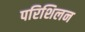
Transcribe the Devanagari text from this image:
परिशिलन